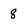
Character: 8